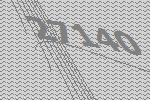
27140